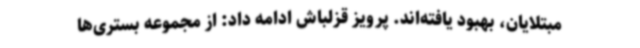
مبتلایان، بهبود یافته‌اند. پرویز قزلباش ادامه داد: از مجموعه بستری‌ها